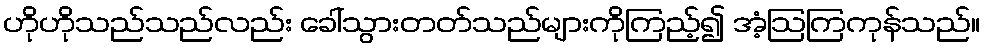
ဟိုဟိုသည်သည်လည်း ခေါ်သွားတတ်သည်များကိုကြည့်၍ အံ့ဩကြကုန်သည်။